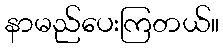
နာမည်ပေးကြတယ်။